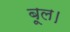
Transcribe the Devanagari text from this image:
बूल।